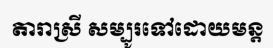
តារាស្រី សម្បូរទៅដោយមន្ត